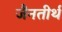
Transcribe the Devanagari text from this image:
जैनतीर्थ